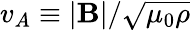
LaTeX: v_{A}\equiv|{\mathbf B}|/\sqrt{\mu_{0}\rho}